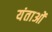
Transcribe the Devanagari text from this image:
यंताओं